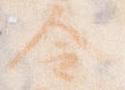
令